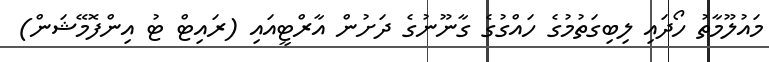
މައުލޫމާތު ހޯދައި ލިބިގަތުމުގެ ހައްގުގެ ގާނޫނުގެ ދަށުން އާރްޓީއައި (ރައިޓް ޓު އިންފޮމޭޝަން)